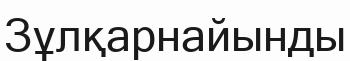
Зұлқарнайынды